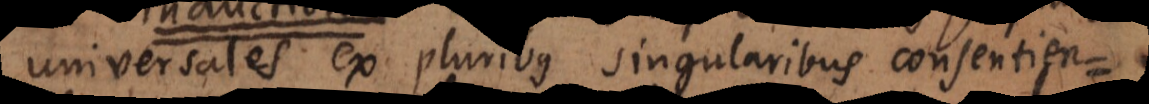
universales ex pluribus singularibus consentien